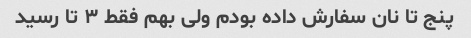
پنج تا نان سفارش داده بودم ولی بهم فقط ۳ تا رسید